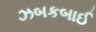
ઝબકબાઈ